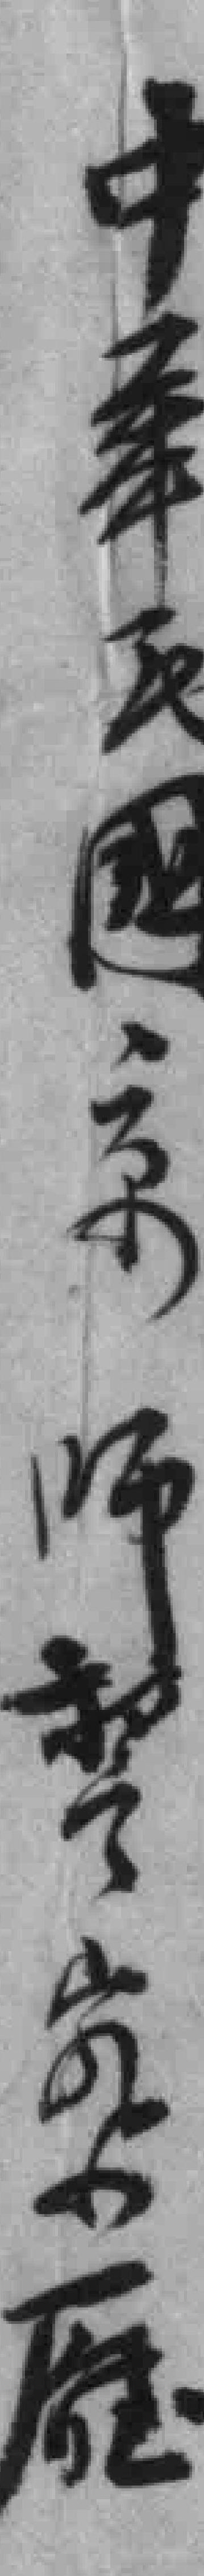
中華民國京师警察㕔